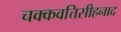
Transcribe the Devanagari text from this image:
चक्कवत्तिसीहनाद